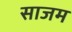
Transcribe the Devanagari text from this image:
साजम